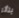
يتأثر